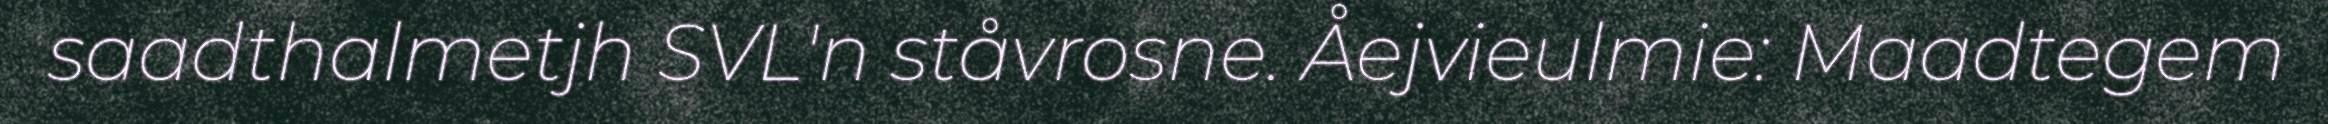
saadthalmetjh SVL'n ståvrosne. Åejvieulmie: Maadtegem